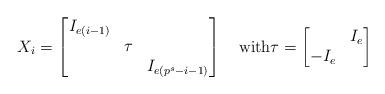
LaTeX: \begin{align*}X_i = \begin{bmatrix}I_{e(i-1)}&&\\&\tau&\\&&I_{e(p^s-i-1)}\end{bmatrix}\quad\hbox{with}\tau=\begin{bmatrix}&I_e\\-I_e&\end{bmatrix}\end{align*}